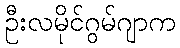
ဦးလမိုင်ဂွမ်ဂျာက